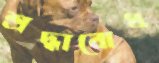
শ্রদ্ধাবোধ